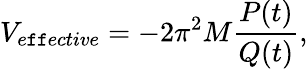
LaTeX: V_{e\mathtt{f}\mathtt{f}ective}=-2\pi^{2}M\frac{{P(t)}}{{Q(t)}},